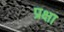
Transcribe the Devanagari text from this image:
प्रक्षा